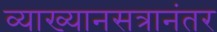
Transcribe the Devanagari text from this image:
व्याख्यानसत्रानंतर